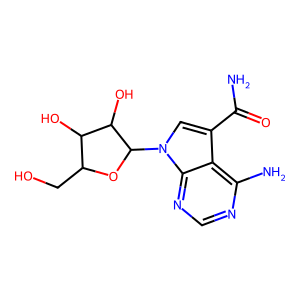
SMILES: NC(=O)c1cn(C2OC(CO)C(O)C2O)c2ncnc(N)c12
Inhibits HIV replication: No